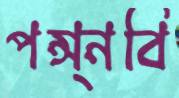
পন্স্নবি